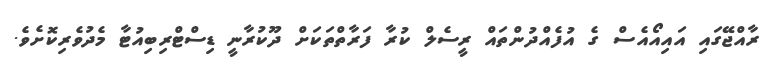
ރާއްޖޭގައި އައިއޯއެސް ގެ އުފެއްދުންތައް ރީސެލް ކުރާ ފަރާތްތަކަށް ދޫކުރާނީ ޑިސްޓްރިބިއުޓާ މެދުވެރިކޮށެވެ.